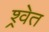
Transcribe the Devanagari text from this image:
श्र्वेत